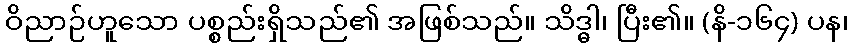
ဝိညာဉ်ဟူသော ပစ္စည်းရှိသည်၏ အဖြစ်သည်။ သိဒ္ဓါ၊ ပြီး၏။ (နိ-၁၆၄) ပန၊